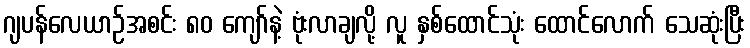
ဂျပန်လေယာဉ်အစင်း ၈၀ ကျော်နဲ့ ဗုံးလာချလို့ လူ နှစ်ထောင်သုံး ထောင်လောက် သေဆုံးပြီး